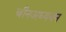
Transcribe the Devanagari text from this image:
चीनअध्ययन